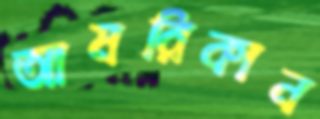
আমরিকান